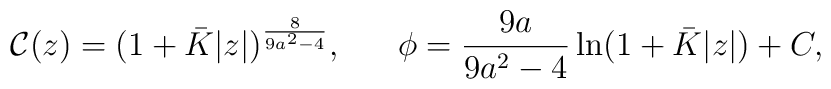
{\cal C}(z)=(1+\bar{K}|z|)^{8\over{9a^2-4}},\ \ \ \ \ \phi={{9a}\over{9a^2-4}}\ln(1+\bar{K}|z|)+C,